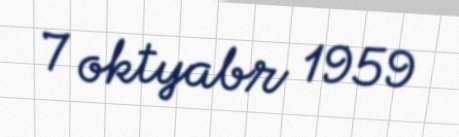
7 oktyabr 1959